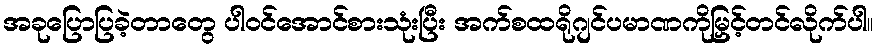
အခုပြောပြခဲ့တာတွေ ပါဝင်အောင်စားသုံးပြီး အက်စထရိုဂျင်ပမာဏကိုမြှင့်တင်လိုက်ပါ။